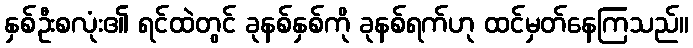
နှစ်ဦးစလုံး၏ ရင်ထဲတွင် ခုနစ်နှစ်ကို ခုနစ်ရက်ဟု ထင်မှတ်နေကြသည်။